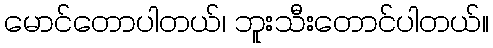
မောင်တောပါတယ်၊ ဘူးသီးတောင်ပါတယ်။